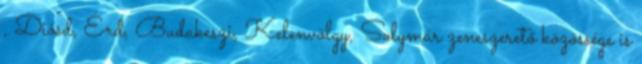
, Diósd, Érd, Budakeszi, Kelenvölgy, Solymár zeneszerető közössége is